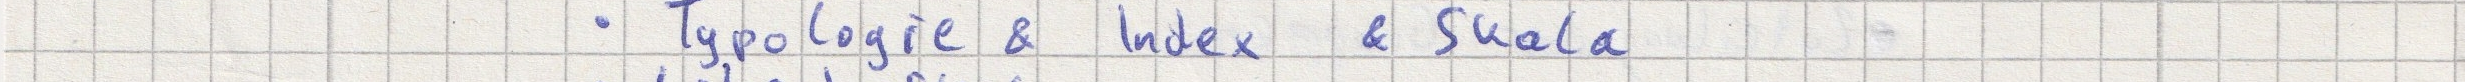
- Typologie & Index & Skala